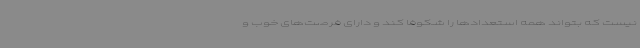
نیست که بتواند همه استعدادها را شکوفا کند و دارای فرصت‌های خوب و